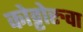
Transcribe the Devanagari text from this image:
कोट्टोरुवा